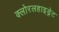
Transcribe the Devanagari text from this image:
क्लोरलहाइड्रेट